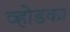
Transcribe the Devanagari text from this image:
व्होडका